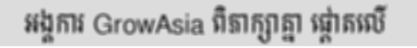
អង្គការ GrowAsia ពិភាក្សាគ្នា ផ្តោតលើ